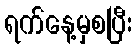
ရက်နေ့မှစပြီး